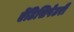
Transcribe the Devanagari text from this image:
ऐंटिसिपेटरी